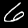
Digit: 6